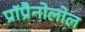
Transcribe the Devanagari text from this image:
प्रॉप्रैनोलोल